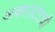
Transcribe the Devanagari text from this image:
अकाउंटंटची